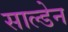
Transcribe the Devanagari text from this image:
साल्डेन